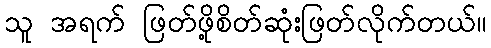
သူ အရက် ဖြတ်ဖို့စိတ်ဆုံးဖြတ်လိုက်တယ်။